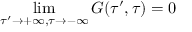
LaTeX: \operatorname * { l i m } _ { \tau ^ { \prime } \rightarrow + \infty , \tau \rightarrow - \infty } G ( \tau ^ { \prime } , \tau ) = 0